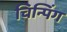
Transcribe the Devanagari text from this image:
चिन्पिंग